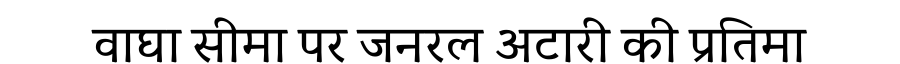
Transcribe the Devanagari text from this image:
वाघा सीमा पर जनरल अटारी की प्रतिमा